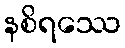
နစိရဿေ